Annual report of the Central Committee of the Association together with the report of the directors of the Pasteur Institute at Kasauli
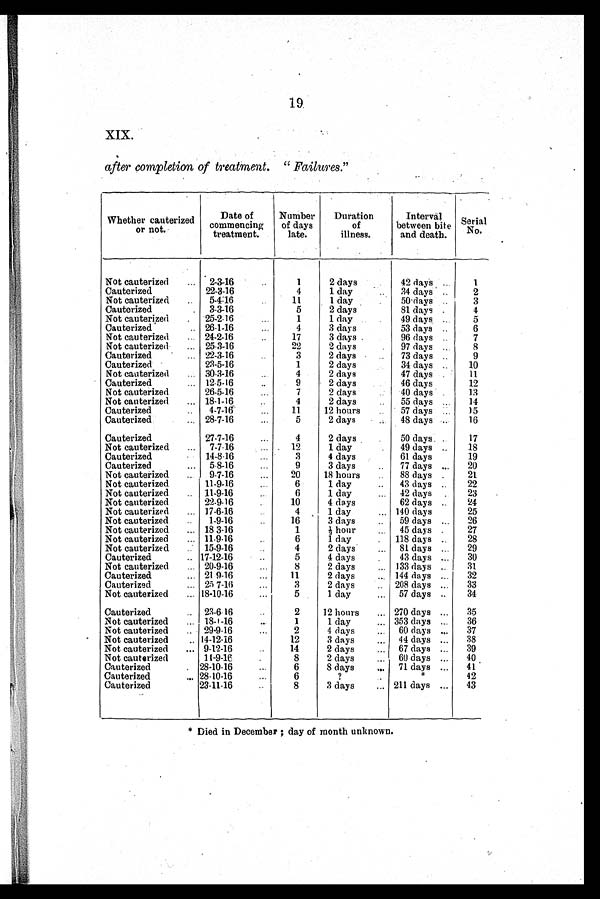
19
XIX.
after completion of treatment. " Failures."
Whether cauterized
or not.
Date of
commencing
treatment.
Number
of days
late.
Duration
of
illness.
Interval
between bite
and death.
Serial
No.
Not cauterized
2-3-16
1
2 days
42 days
1
Cauterized
22-3-16
4
1 day
34 days
2
Not cauterized
5-4-16
11
1 day
50 days
3
Cauterized
3-3-16
5
2 days
81 days
4
Not cauterized
25-2-16
1
1 day
49 days
5
Cauterized
26-1-16
4
3 days
53 days
6
Not cauterized
24-2-16
17
3 days
96 days
7
Not cauterized
25-3-16
22
2 days
97 days
8
Cauterized
22-3-16
3
2 days
73 days
9
Cauterized
2 3 - 5 - 1 6
1
2 days
34 days
10
Not cauterized
30-3-16
4
2 days
47 days
11
Cauterized
1 2 - 5 - 1 6
9
2 days
46 days
12
Not cauterized
26-5-16
7
2 days
40 days
13
Not cauterized
18-1-16
4
2 days
55 days
14
Cauterized
4-7-16
11
12 hours
57 days
15
Cauterized
28-7-16
5
2 days
48 days
16
Cauterized
27-7-16
4
2 days
50 days
17
Not cauterized
7-7-16
12
1 day
49 days
18
Cauterized
14-8-16
3
4 days
61 days
19
Cauterized
5-8-16
9
3 days
77 days
20
Not cauterized
9-7-16
20
18 hours
88 days
21
Not cauterized
11-9-16
6
1 day
43 days
22
Not cauterized
11-9-16
6
1 day
42 days
23
Not cauterized
22-9-16
10
4 days
62 days
24
Not cauterized
17-6-16
4
1 day
140 days
25
Not cauterized
1-9-16
16
3 days
59 days
26
Not cauterized
18-3-16
½ hour
45 days
27
Not cauterized
11-9-16
6
1 day
118 days
28
Not cauterized
15-9-16
4
2 days
81 days
29
Cauterized
17-12-16
5
4 days
43 days
30
Not cauterized
20-9-16
8
2 days
133 days
31
Cauterized
21-9-16
11
2 days
144 days
32
Cauterized
25-7-16
3
2 days
208 days
33
Not cauterized
18-10-16
5
1 day
57 days
34
Cauterized
23-6-16
2
12 hours
270 days
35
Not cauterized
18-1-16
1
1 day
353 days
36
Not cauterized
29-9-16
2
4 days
60 days
37
Not cauterized
14-12-16
12
3 days
44 days
38
Not cauterized
9-12-16
14
2 days
67 days
39
Not cauterized
11-9-16
8
2 days
60 days
40
Cauterized
28-10-16
6
8 days
71 days
41
Cauterized
28-10-16
6
?
*
42
Cauterized
23-11-16
8
3 days
211 days
43
* Died in December; day of month unknown.